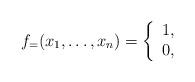
LaTeX: \begin{align*} f_=(x_1,\ldots,x_n) = \left\{ \begin{array}{ll} 1, & \\ 0, & \end{array}\right.\end{align*}